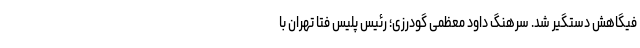
فیگاهش دستگیر شد. سرهنگ داود معظمی گودرزی؛ رئیس پلیس فتا تهران با